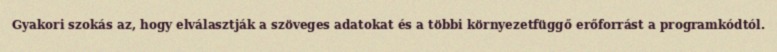
Gyakori szokás az, hogy elválasztják a szöveges adatokat és a többi környezetfüggő erőforrást a programkódtól.